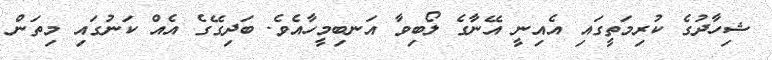
ޝިހާދުގެ ކުރިމަތީގައި އެއިނީ އޭނާގެ ލޯބިވާ އަނބިމީހާއެވެ. ބަދިގޭގެ އެއް ކަނުގައި މިތަން